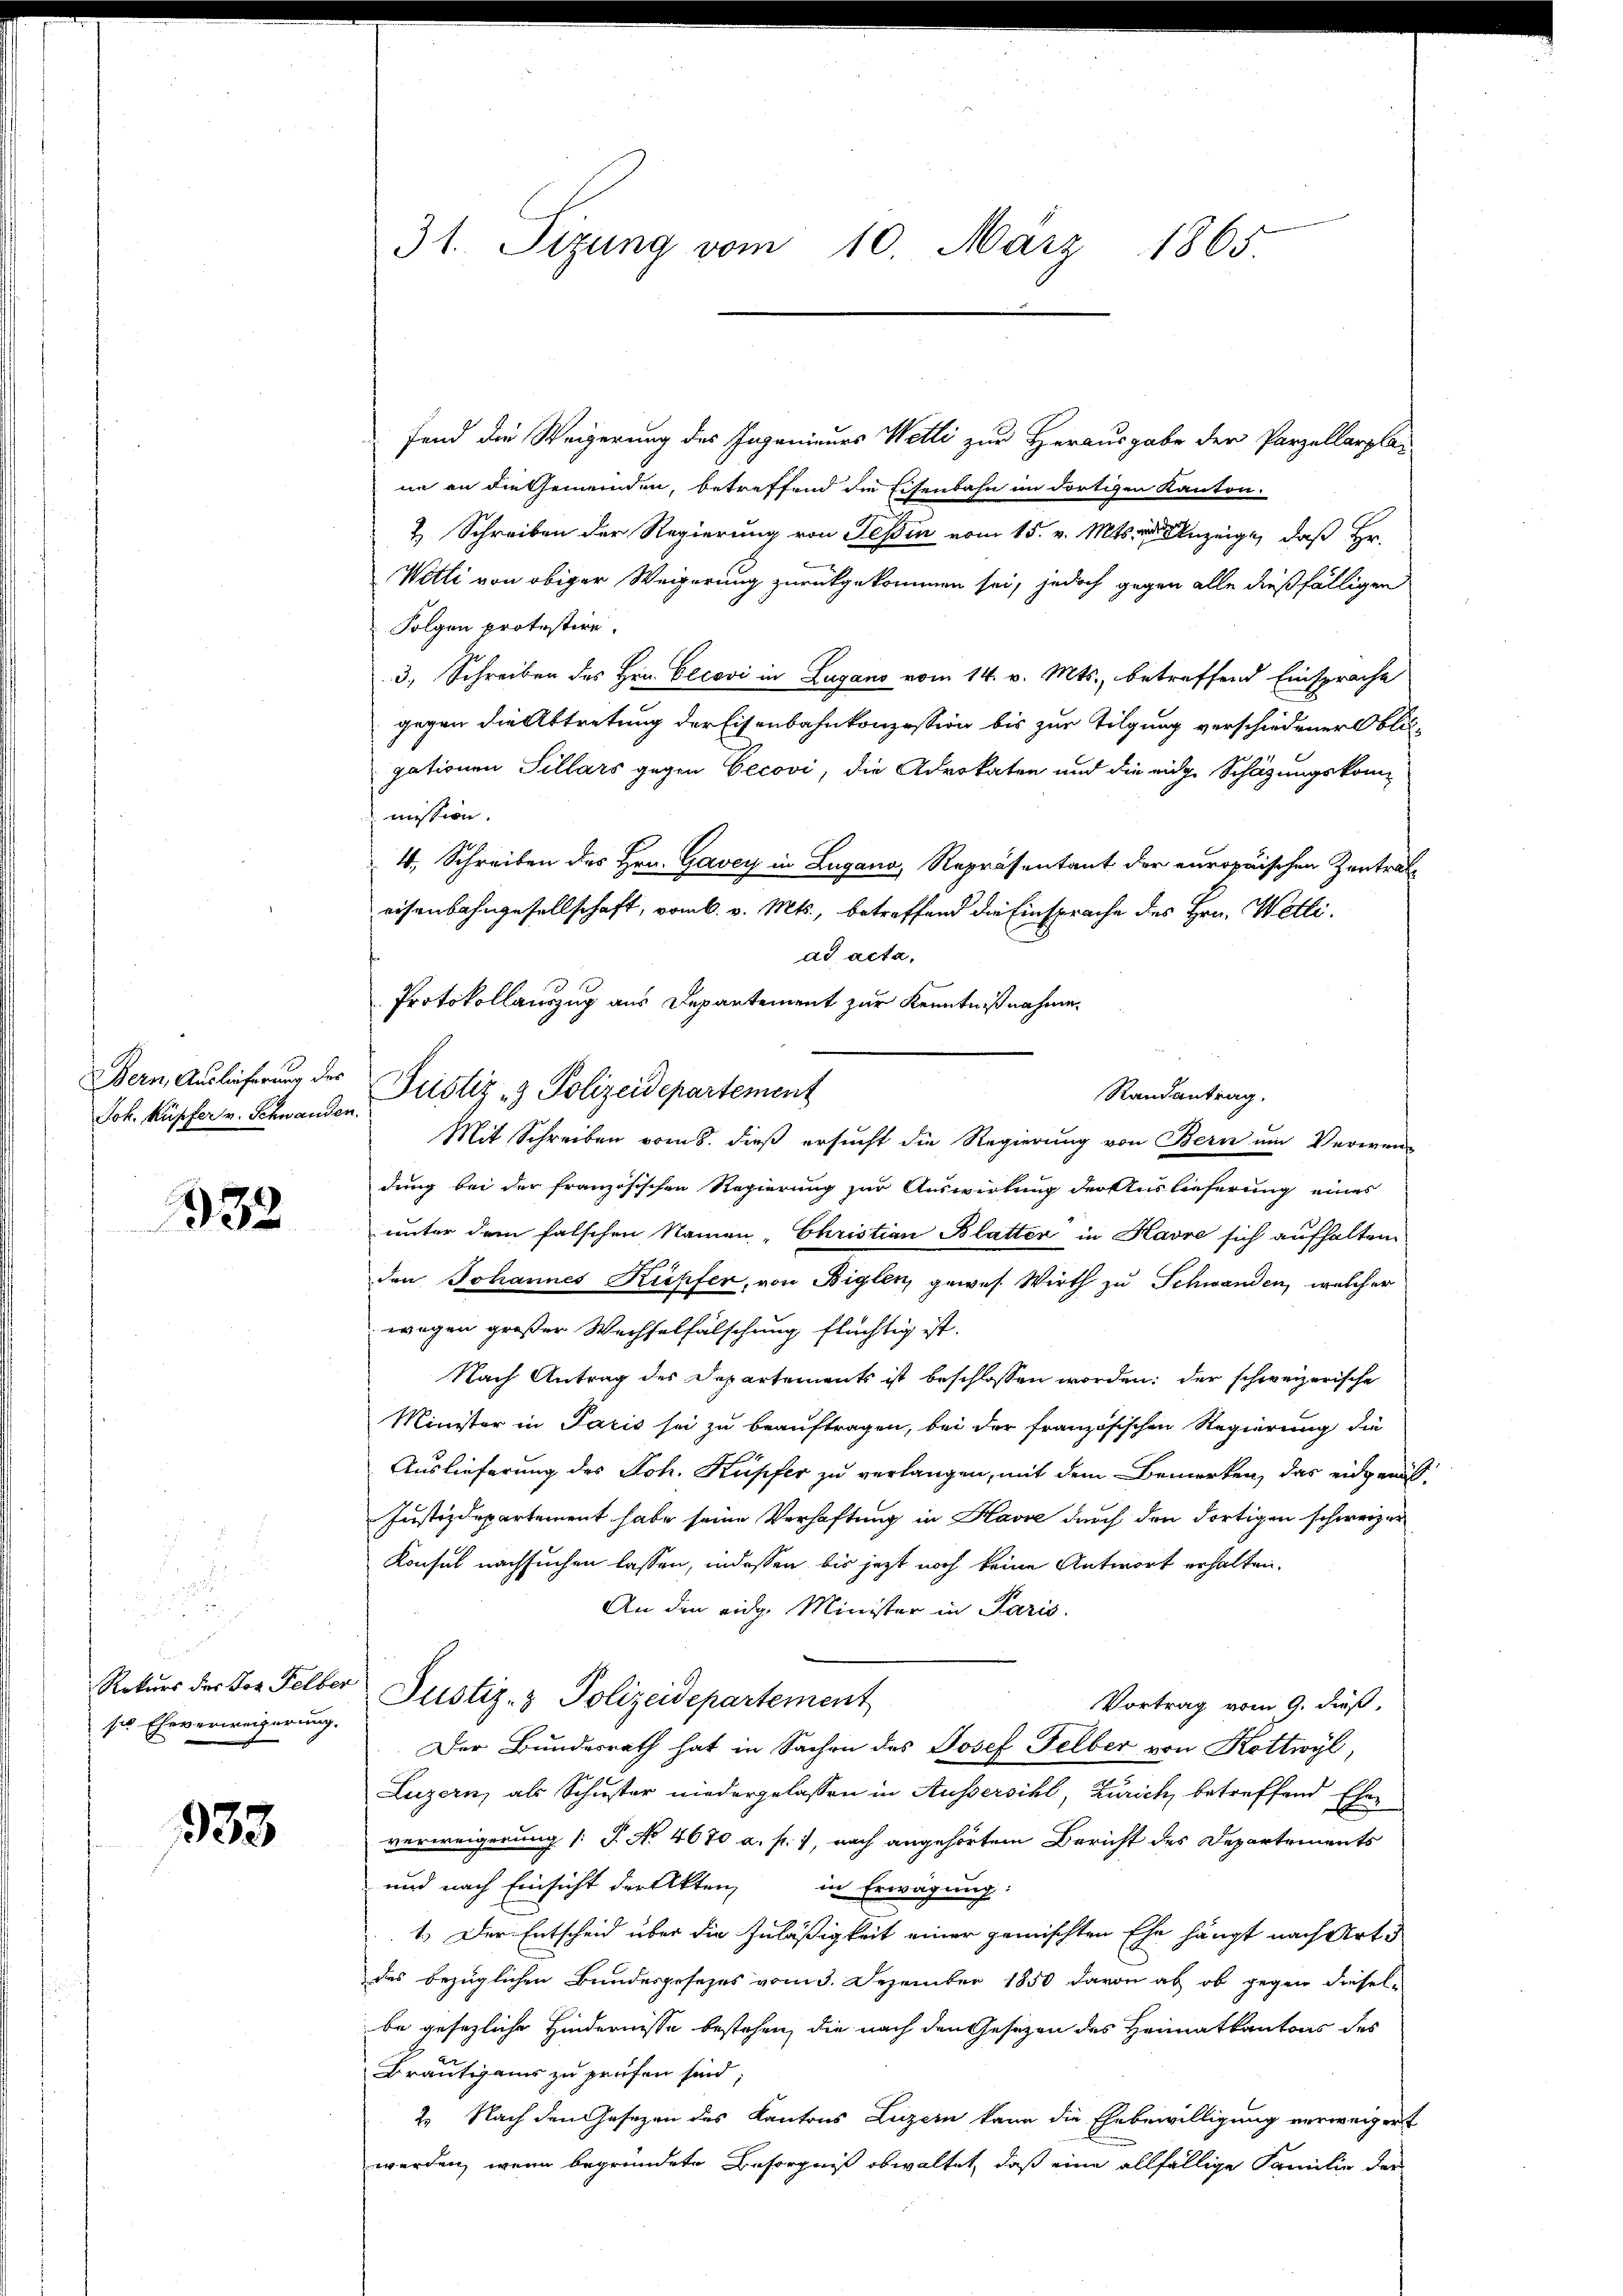
Bern, Auslieferung des
Joh. Küpfer v. Schwanden.

1332

Rekurs des Jos Felber
sie Eheverweigerung.

933

31. Sizung vom 10. März 1865.

fend die Weigerung des Ingenieurs Wetti zur Herausgabe der Parzellarplar
ne an die Gemeinden, betreffend die Eisenbahn im dortigen Kanton.
2. Schreiben der Regierung von Tessin vom 15. v. Mts. in Anzeige, daß Hr.
Wetti von obiger Weigerung zurückgekommen sei, jedoch gegen alle dießfälligen
Folgen protestire.
3., Schreiben des Hrn. Cecovi in Zugano vom 14. v. Mts., betreffend Einsprache
gegen die Abtretung der Eisenbahnkonzession bis zur Tilgung verschiedener Obligationen Sillars gegen Oecovi, die Advokaten und die eige Schätzungskommission.
4, Schreiben des Hrn. Gavey in Lugano, Repräsentant der europäischen Zentraleisenbahngesellschaft, vom 6. v. Mts., betreffend die Einsprache des Hrn. Welliad acta,
Protokollauszug aus Departement zur Kenntnißnahme.
Justiz- & Polizeidepartement
Mit Schreiben vom 8. dieß ersucht die Regierung von Bern um Verwendung bei der französischen Regierung zur Auswirkung der Auslieferung eines
unter dem falschen Namen - Christian Blatter in Havre sich aufhalten
den Johannes Kupfer, von Biglen, gewes. Wirth zu Schwanden, welcher
wegen großer Wechselfälschung flüchtig ist.
Nach Antrag des Departements ist beschlossen worden; der schweizerische
Minister in Paris sei zu beauftragen, bei der französischen Regierung die
Auslieferung des Joh. Kupfer zu verlangen, mit dem Bemerken, das eidgericht
Justizdepartement habe seine Verhaftung in Havre durch den dortigen schweizer
Konfel nachsuchen lassen, indessen bis jetzt noch keine Antwort erhalten.
An den eidg. Minister in Paris.
Justiz- & Polizeidepartement
Vortrag vom 9. dieß,
Der Bundesrath hat in Sachen des Josef Felber von Kottwyl,
Luzern, als Schuster niedergelassen in Aussersihl, Zürich, betreffend Ehen
verweigerung (T. No 4670 a. f. 1, nach angehörtem Bericht des Departements
und nach Einsicht der Akten, in Erwägung:
1.) Der Entscheid über die Zuläßigkeit einer gemischten Ehe hängt nach Art.
des bezüglichen Bundesposezes vom 3. Dezember 1850 davon ab, ob gegen dieselbe gesezliche Hindernisse bestehen, die nach den Gesetzen des Heimatkantons des
Bräutigams zu prüfen sind;
2. Nach den Gesezen des Kantons Luzern kann die Ehebewilligung verweigert
werden, wenn begründete Besorgniß obwaltet, daß eine allfällige Familie der

Randantrag.